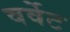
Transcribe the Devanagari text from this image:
वर्वेट